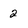
Character: 2